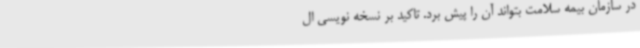
در سازمان بیمه سلامت بتواند آن را پیش برد. تاکید بر نسخه نویسی ال